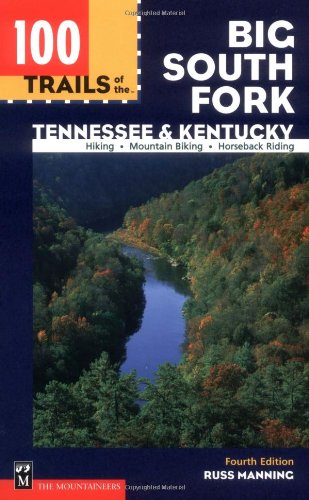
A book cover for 100 Trails of the Big South Fork: Tennessee and Kentucky (100 Hikes In...); Russ Manning; Travel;